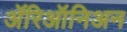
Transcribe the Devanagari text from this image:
ॲरिऑनिअन